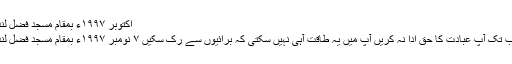
اکتوبر ١٩٩٧ء بمقام مسجد فضل لندن
جب تک آپ عبادت کا حق ادا نہ کریں آپ میں یہ طاقت آہی نہیں سکتی کہ برائیوں سے رک سکیں ٧ نومبر ١٩٩٧ء بمقام مسجد فضل لندن